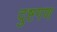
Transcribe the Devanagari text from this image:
दुष्टगण